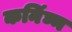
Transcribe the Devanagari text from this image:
कनिंघ्म